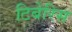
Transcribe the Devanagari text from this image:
टिबेरिस